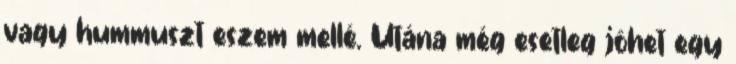
vagy hummuszt eszem mellé. Utána még esetleg jöhet egy